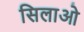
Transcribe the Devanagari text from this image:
सिलाओ